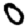
Digit: 0